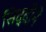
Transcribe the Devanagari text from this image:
सिद्दीनें